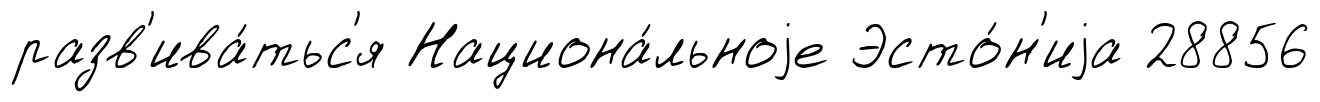
разв'ива́тьс'я Национа́льноjе Эсто́н'иjа 28856